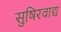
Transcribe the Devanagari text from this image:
सुषिरवाद्य